Lock hospitals Punjab
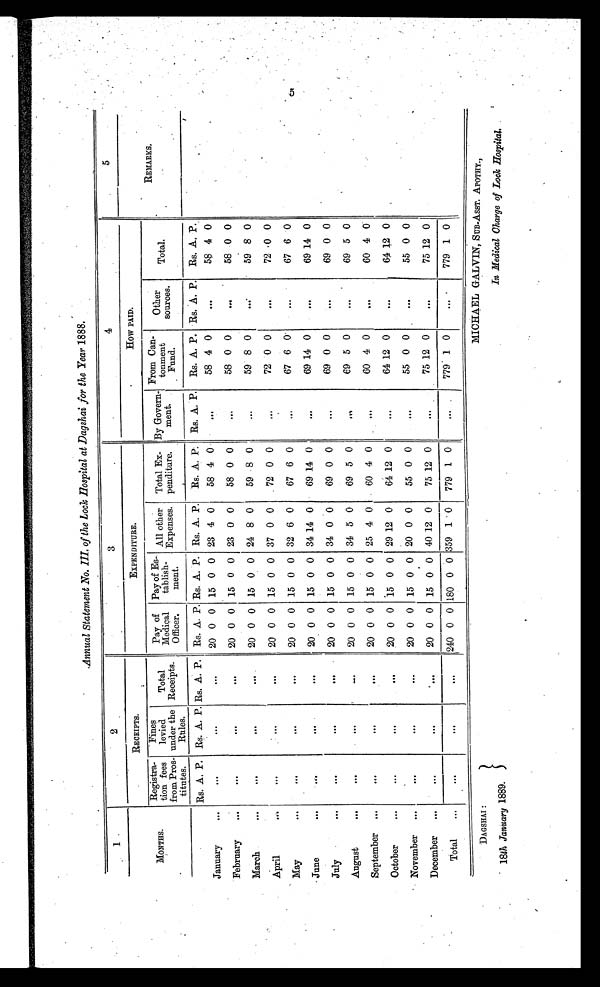
DAGSHAI :
18th January 1889.
MICHAEL GALVIN, SUB-ASST. APOTHY.,
In Medical Charge of Lock Hospital.
Annual Statement No. III. of the Lock Hospital at Dagshai for the Year 1888.
1
2
3
4
5
MONTHS.
RECEIPTS.
EXPENDITURE.
How PAID.
REMARKS.
Registra-
tion fees
from Pros-
titutes.
Fines
levied
under the Rules.
Total
Receipts.
Pay of
Medical
Officer.
Pay of Es
tablish
ment.
All other
Expenses.
Total Ex-
penditure.
By Govern-
ment.
From Can-
tonment
Fund.
Other
sources.
Total.
Rs. A. P. Rs. A. P. Rs. A. P. Rs. A. P. Rs. A. P. Rs. A. P.
Rs. A. P. Rs. A. P.
Rs. A. P. Rs. A. P.
Rs. A. P.
January
. . .
...
...
20 0 0 15 0 0 23 4 0
58 4 0
...
58 4 0
...
58 4 0
February
. . .
...
...
20 0 0 15 0 0 23 0 0
58 0 0
..
58 0 0
...
58 0 0
March
. . .
...
...
20 0 0 15 0 0 24 8 0
59 8 0
...
59 8 0
...
59 8 0
April
...
...
...
20 0 0 15 0 0 37 0 0
72 0 0
...
72 0 0
...
72 0 0
May
. . .
...
...
20 0 0 15 0 0 32 6 0
67 6 0
...
67 6 0
...
67 6 0
June
. . .
...
...
20 0 0 15 0 0 34 14 0
69 14 0
...
69 14 0
...
69 14 0
July
. . .
...
...
20 0 0 15 0 0 34 0 0
69 0 0
...
69 0 0
...
69 0 0
August
. . .
...
...
20 0 0 15 0 0 34 5 0
69 5 0
...
69 5 0
...
69 5 0
September
...
...
...
20 0 0 15 0 0 25 4 0
60 4 0
...
60 4 0
...
60 4 0
October
...
...
...
20 0 0 15 0 0 29 12 0
64 12 0
...
64 12 0
...
64 12 0
November
...
...
...
20 0 0 15 0 0 20 0 0
55 0 0
...
55 0 0
...
55 0 0
December
...
...
...
20 0 0 15 0 0 40 12 0
75 12 0
...
75 12 0
...
75 12 0
Total
. . .
...
...
240 0 0 180 0 0 359 1 0
779 1 0
...
779 1 0
...
779 1 0